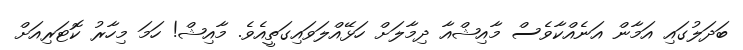
ބަދަލުގައި އަމާން އަނެއްކާވެސް މާއިޝްއާ ދިމާލަށް ހަޅޭއްލަވައިގަތީއެވެ. މާއިޝް! ހަމަ މިހާރު ކޮޓަރިއަށް